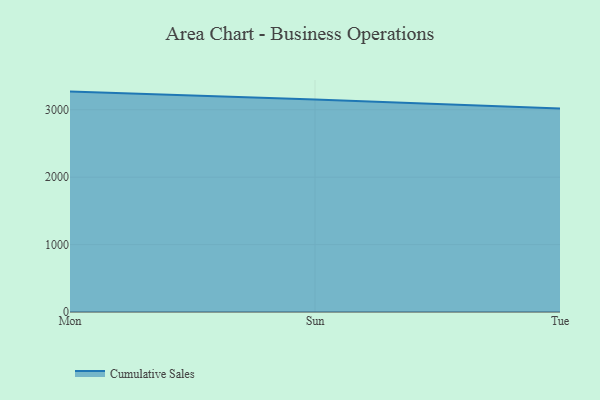
{"axis": {"x": "Day", "y": "Page Views"}, "legend": ["Cumulative Sales"], "data": [{"x": "Mon", "y": 3269.7, "type": "Cumulative Sales"}, {"x": "Sun", "y": 3152.0, "type": "Cumulative Sales"}, {"x": "Tue", "y": 3020.3, "type": "Cumulative Sales"}]}